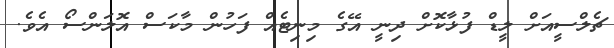
ޗެލްސީއަށް ލީޑް ފުޅާކޮށް ދިނީ އޭގެ މިނިޓެއް ފަހުން މާކަސް އޮލަންސޯ އެވެ.